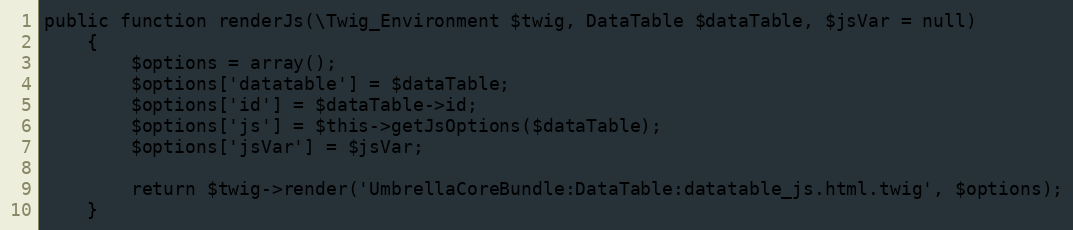
Language: PHP
public function renderJs(\Twig_Environment $twig, DataTable $dataTable, $jsVar = null)
    {
        $options = array();
        $options['datatable'] = $dataTable;
        $options['id'] = $dataTable->id;
        $options['js'] = $this->getJsOptions($dataTable);
        $options['jsVar'] = $jsVar;

        return $twig->render('UmbrellaCoreBundle:DataTable:datatable_js.html.twig', $options);
    }